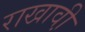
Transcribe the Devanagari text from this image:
राखावी़